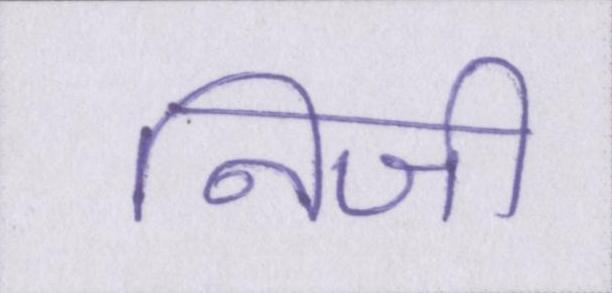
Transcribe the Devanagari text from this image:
निजी